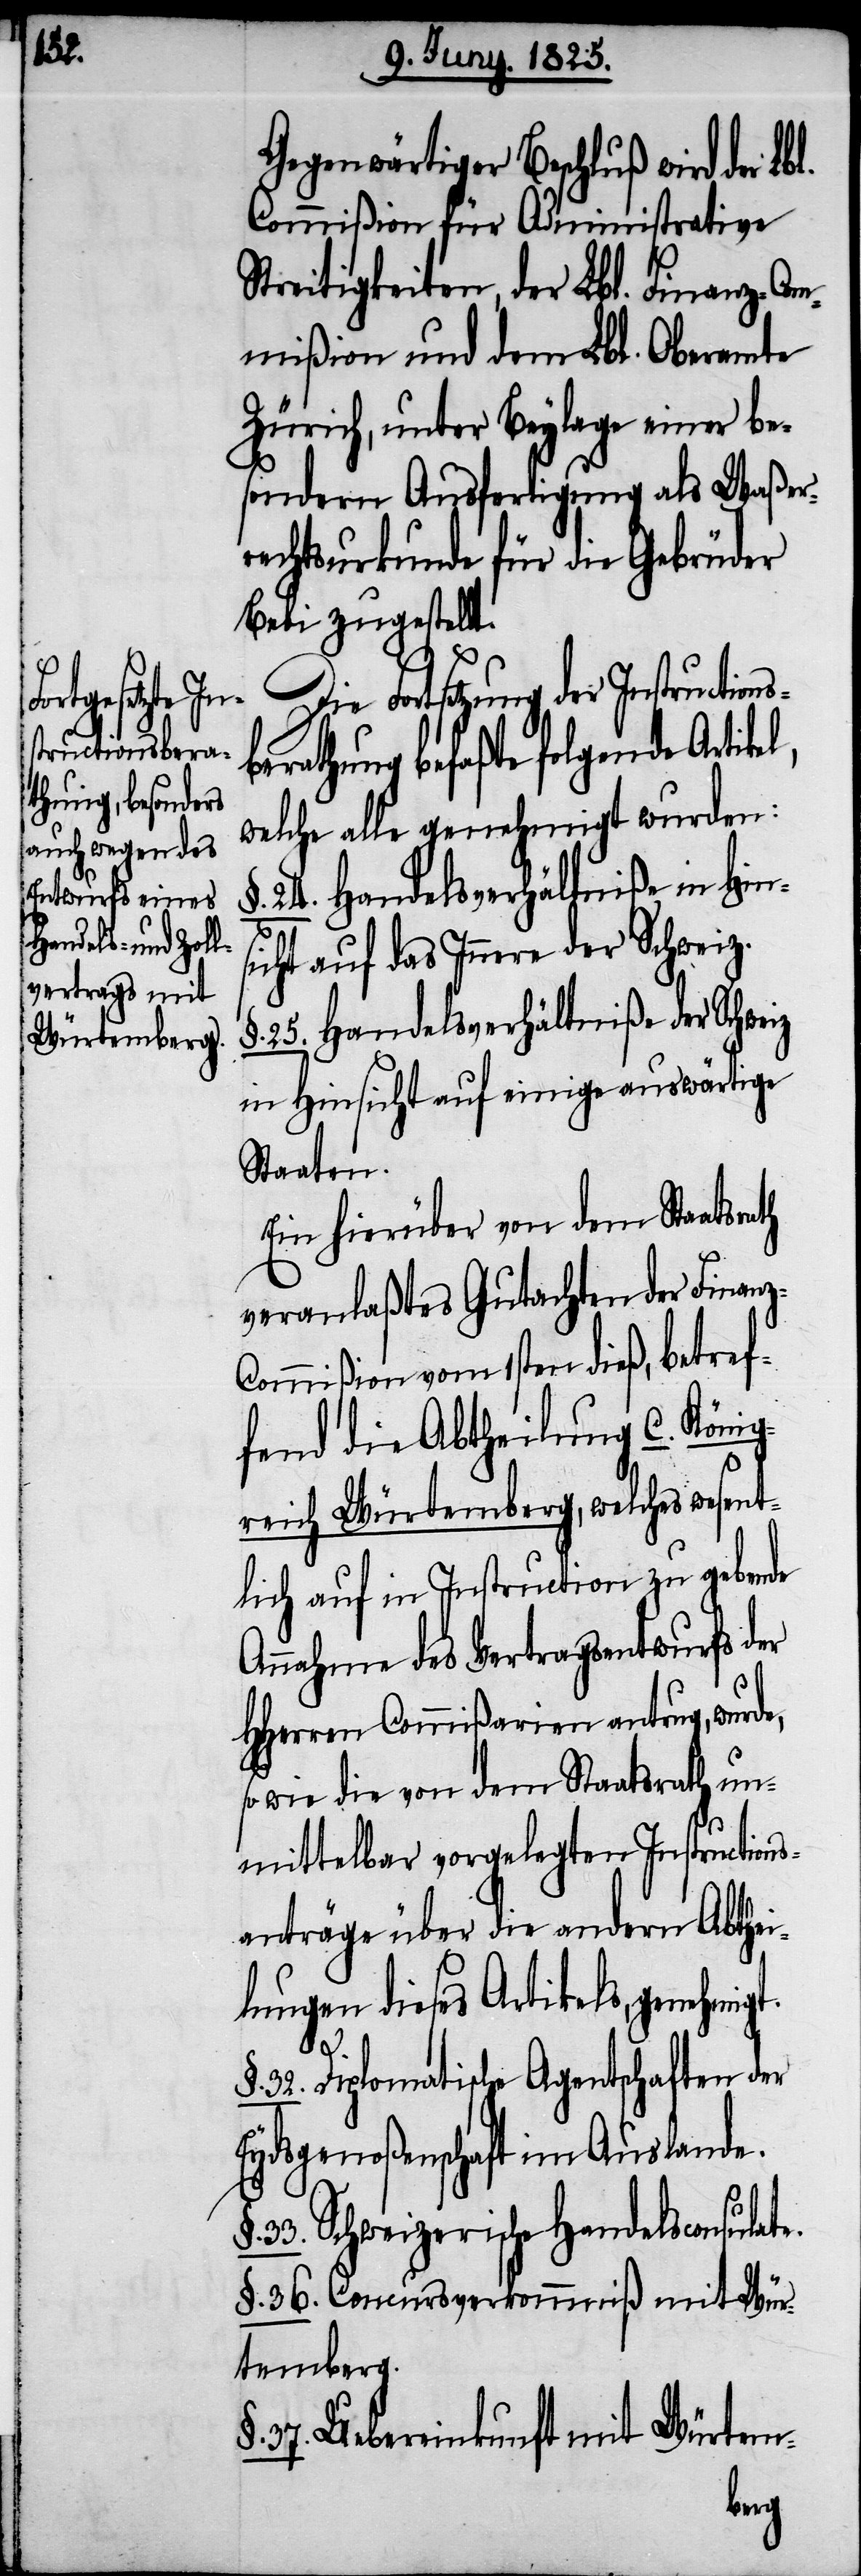
z-C¬

Fortsetzung
structionsber¬

Gegenwärtiger Beschluß wird der Lb¬
Commißion für Administrative
Streitigkeiten, der Lbl. Finanz-Com¬
mißion und dem Lbl. Oberamte
Zürich, unter Beylage einer be¬
sondern Ausfertigung als Waßer¬
rechtsurkunde für die Gebrüder
Bebi zugestellt.
athung befaßte folgende Artikel,
welche alle genehmigt wurden:
24. Handelsverhältniße in Hins¬
icht aufs Innere der Schweiz.
§. 25. Handelsverhältniße der Schweiz
in Hinsicht auf einige auswärtige
Staaten.
Ein hierüber von dem Staatsr¬
veranlaßtes Gutachten der Finan¬
ommißion vom 1sten dieß, betref¬
fend die Abtheilung C. König¬
reich Würtemberg, welches wesent¬
lich auf in Instruction zu gebende
Annahme des Vertragsentwurfs der
HHerren Commißarien antrug, wurde,
sowie die von dem Staatsrath un¬
mittelbar vorgelegten Instructions¬
verträge über die andern Abthei¬
lungen dieses Artikels, genehmig¬
t.
§. 32. Diplomatische Agentschaften der
Eidgenoßenschaft im Auslande.
33. Schweizerische Handelsconsulate.
§. 36. Concursverkommniß mit Wür¬
temberg.
37. Uebereinkunft mit Würtem-
der